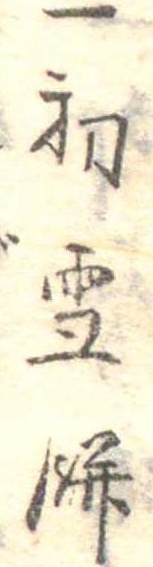
一初雪餅